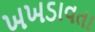
ખખડાવતા